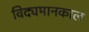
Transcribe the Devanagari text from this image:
विद्यमानकाल